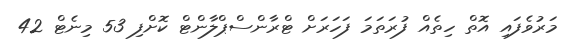
މަރުވެފައި އޮތް ހިތެއް ފުރަތަމަ ފަހަރަށް ޓްރާންސްޕްލާންޓް ކޮށްފި 53 މިނެޓް 42